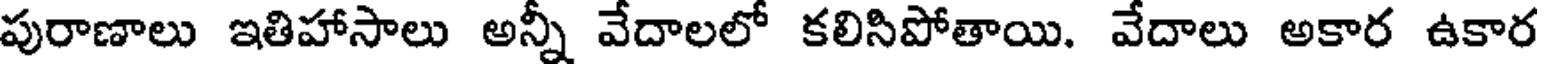
పురాణాలు ఇతిహాసాలు అన్నీ వేదాలలో కలిసిపోతాయి. వేదాలు అకార ఉకార